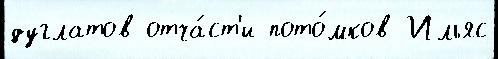
дуглатов отча́ст'и пото́мков Ильяс